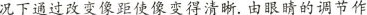
况下通过改变像距使像变得清晰。由眼睛的调节作